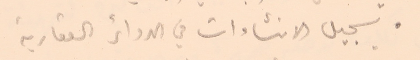
● تسجيل الانشاءات في الدوائر العقارية